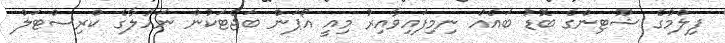
ފިލްމުގެ ޝޫޓިންގެ ބޮޑު ބައެއް ނިމިފައިވާއިރު މިއީ އޯޕަން ބަޖެޓަކުން ނަހުލާގެ ކްރިސްޓަލް